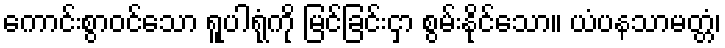
ကောင်းစွာဝင်သော ရူပါရုံကို မြင်ခြင်းငှာ စွမ်းနိုင်သော။ ယံပနသာမတ္တံ၊